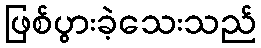
ဖြစ်ပွားခဲ့သေးသည်